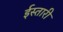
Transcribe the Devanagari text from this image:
ईस्तारी